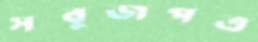
সবুজপত্র